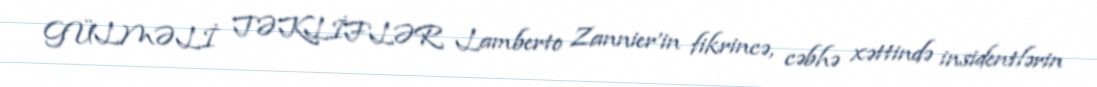
GÜLMƏLİ TƏKLİFLƏR Lamberto Zannier'in fikrincə, cəbhə xəttində insidentlərin